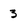
Character: 3